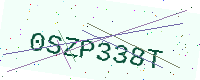
Text: 0SZP338T